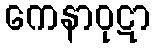
ကေနာဝုဋာ